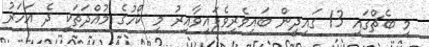
މި ބެޗްގައި 13 ގައިދީން ބައިވެރިވެފައިވާއިރު މި ކޯހުގެ މުއްދަތަކީ ދެ އަހަރު